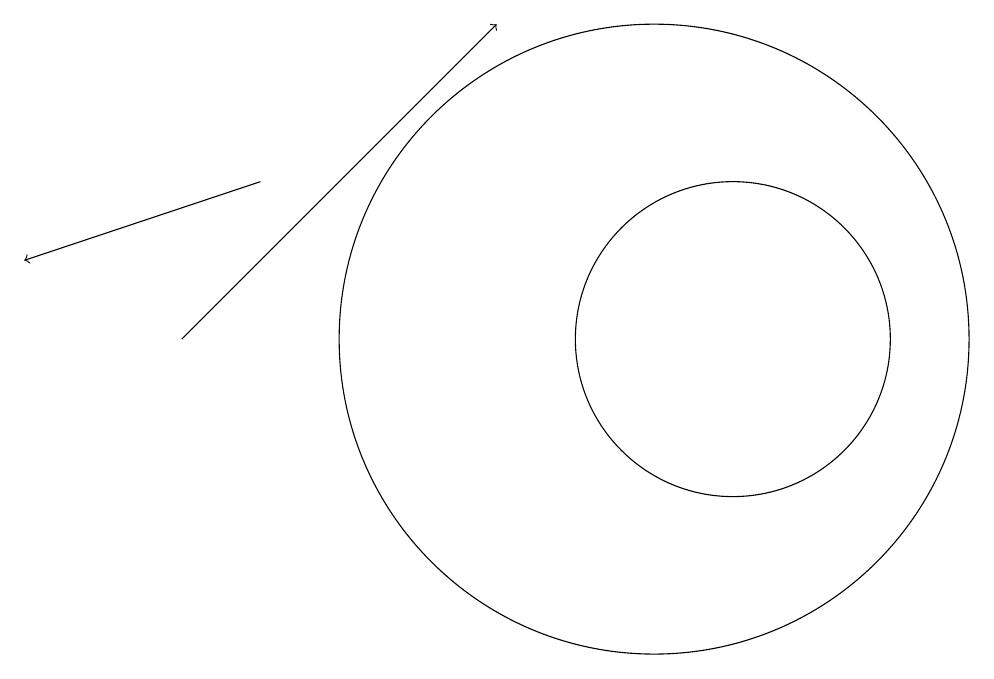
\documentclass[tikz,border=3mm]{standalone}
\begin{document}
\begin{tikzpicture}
\draw (10,10) circle (4);
\draw[->] (5,12) -- (2,11);
\draw[->] (4,10) -- (8,14);
\draw (11,10) circle (2);
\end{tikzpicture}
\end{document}